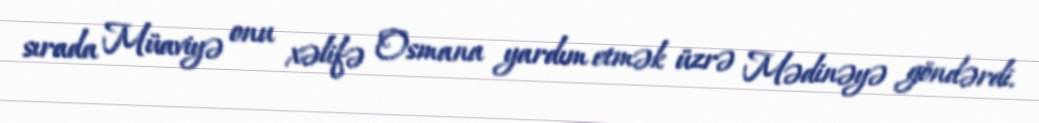
sırada Müaviyə onu xəlifə Osmana yardım etmək üzrə Mədinəyə göndərdi.